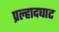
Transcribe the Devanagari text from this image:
प्रल्हादघाट